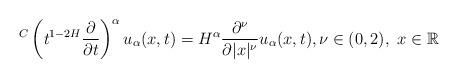
LaTeX: \begin{align*} {}^C\left(t^{1-2H}\frac{\partial}{\partial t}\right)^{\alpha} u_{\alpha}(x,t)= H^{\alpha}\frac{\partial^\nu}{\partial |x|^{\nu}}u_{\alpha}(x,t), \nu \in (0,2), \ x \in \mathbb{R} \end{align*}